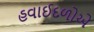
હવાઈદળોએ